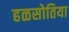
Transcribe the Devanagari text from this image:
हळसोतिया